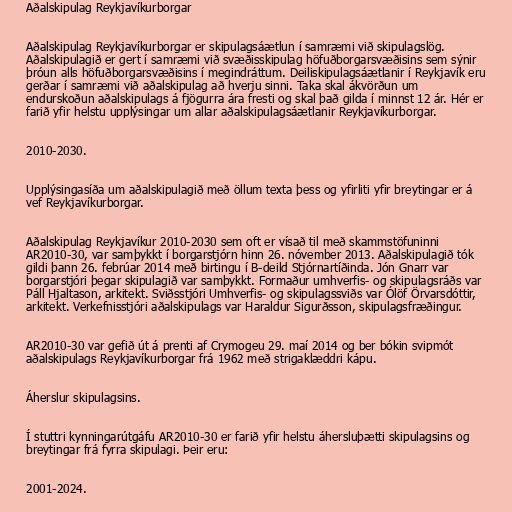
Aðalskipulag Reykjavíkurborgar

Aðalskipulag Reykjavíkurborgar er skipulagsáætlun í samræmi við skipulagslög.
Aðalskipulagið er gert í samræmi við svæðisskipulag höfuðborgarsvæðisins sem sýnir
þróun alls höfuðborgarsvæðisins í megindráttum. Deiliskipulagsáætlanir í Reykjavík eru
gerðar í samræmi við aðalskipulag að hverju sinni. Taka skal ákvörðun um
endurskoðun aðalskipulags á fjögurra ára fresti og skal það gilda í minnst 12 ár. Hér er
farið yfir helstu upplýsingar um allar aðalskipulagsáætlanir Reykjavíkurborgar.

2010-2030.

Upplýsingasíða um aðalskipulagið með öllum texta þess og yfirliti yfir breytingar er á
vef Reykjavíkurborgar.

Aðalskipulag Reykjavíkur 2010-2030 sem oft er vísað til með skammstöfuninni
AR2010-30, var samþykkt í borgarstjórn hinn 26. nóvember 2013. Aðalskipulagið tók
gildi þann 26. febrúar 2014 með birtingu í B-deild Stjórnartíðinda. Jón Gnarr var
borgarstjóri þegar skipulagið var samþykkt. Formaður umhverfis- og skipulagsráðs var
Páll Hjaltason, arkitekt. Sviðsstjóri Umhverfis- og skipulagssviðs var Ólöf Örvarsdóttir,
arkitekt. Verkefnisstjóri aðalskipulags var Haraldur Sigurðsson, skipulagsfræðingur.

AR2010-30 var gefið út á prenti af Crymogeu 29. maí 2014 og ber bókin svipmót
aðalskipulags Reykjavíkurborgar frá 1962 með strigaklæddri kápu.

Áherslur skipulagsins.

Í stuttri kynningarútgáfu AR2010-30 er farið yfir helstu áhersluþætti skipulagsins og
breytingar frá fyrra skipulagi. Þeir eru:

2001-2024.